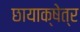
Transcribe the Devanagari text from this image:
छायाक्षेत्र